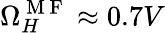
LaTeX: \Omega_{H}^{\mathrm{~M~F~}}\approx 0.7V